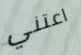
اعتني